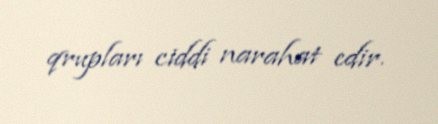
qrupları ciddi narahat edir.